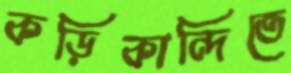
কড়িকান্দিতে